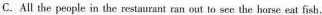
C.All the people in the restaurant ran outto see the horse eat fish.